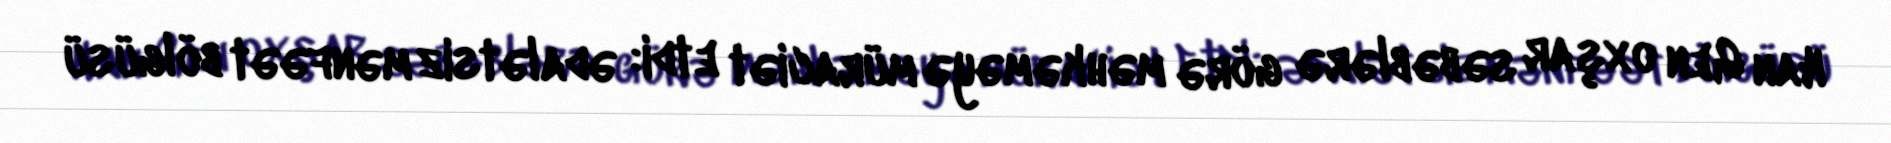
Han Gen oxşar səbəblərə görə məhkəməyə müraciət etdi: ədalətsiz mənfəət bölgüsü